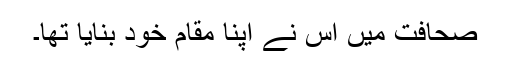
صحافت میں اس نے اپنا مقام خود بنایا تھا۔